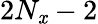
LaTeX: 2N_{\mathit{x}}-2